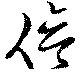
倍